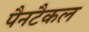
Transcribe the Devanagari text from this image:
पैनटैकल